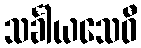
သင်္ခါယသေဝီ